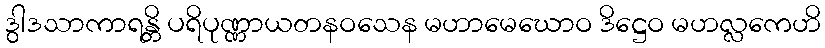
ဒွါဒသာကာရန္တိ ပရိပုဏ္ဏာယတနဝသေန မဟာမေဃောဝ ဒိဋ္ဌေဝ မဟလ္လကေဟိ